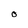
Character: O